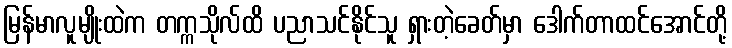
မြန်မာလူမျိုးထဲက တက္ကသိုလ်ထိ ပညာသင်နိုင်သူ ရှားတဲ့ခေတ်မှာ ဒေါက်တာထင်အောင်တို့